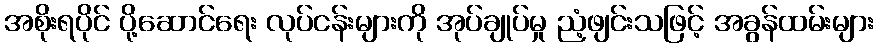
အစိုးရပိုင် ပို့ဆောင်ရေး လုပ်ငန်းများကို အုပ်ချုပ်မှု ညံ့ဖျင်းသဖြင့် အခွန်ထမ်းများ